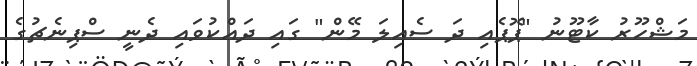
މަޝްހޫރު ކާޓޫނު "ޕޮޕެއި ދަ ސެއިލަ މޭން" ގައި ދައްކުވައި ދެނީ ސްޕިނެޗުގެ